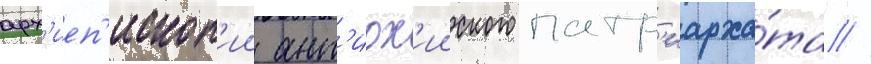
арх'иеп'ископ'ии ант'иох'ииского патр'иарха́та //